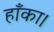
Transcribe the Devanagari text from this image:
हाँका।